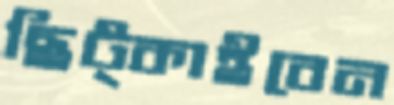
ছিট্‌কাইবেন